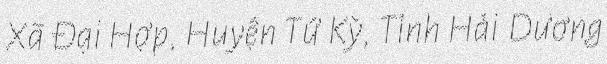
Xã Đại Hợp, Huyện Tứ Kỳ, Tỉnh Hải Dương